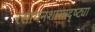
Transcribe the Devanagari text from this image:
रसायनशास्त्रदृष्ट्या